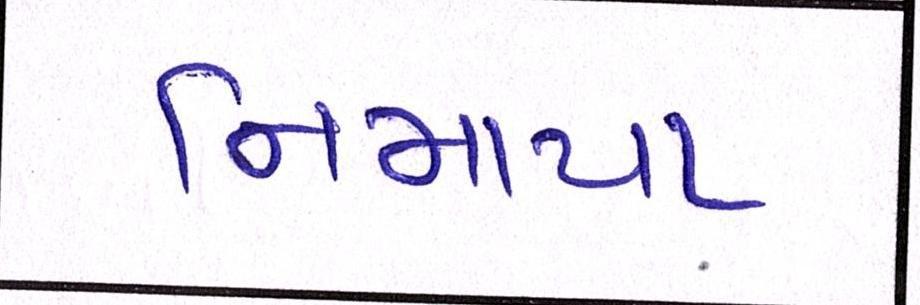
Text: નિમાયા